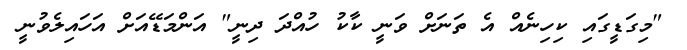
"މިގަޑީގައި ކިހިނެއް އެ ތަނަށް ވަނީ ކާކު ހުއްދަ ދިނީ" އަންމަޑޭއަށް އަހައިލެވުނީ